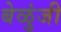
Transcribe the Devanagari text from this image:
बेळुंजी